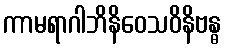
ကာမရာဂါဘိနိဝေသဝိနိဗန္ဓ